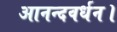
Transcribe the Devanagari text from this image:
आनन्दवर्धन।